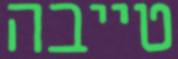
טייבה